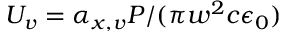
U _ { v } = \alpha _ { x , v } P / ( \pi w ^ { 2 } c \epsilon _ { 0 } )